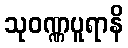
သုဝဏ္ဏပူရာနိ